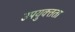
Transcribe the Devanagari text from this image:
उपयुक्‍तता